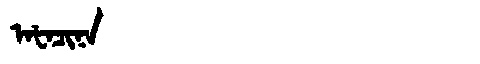
Manchu: ᠠᡶᠠᠴᡳᠨᠠ
Romanization: AFACINA